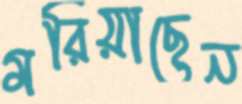
মরিয়াছেন